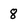
Character: 8